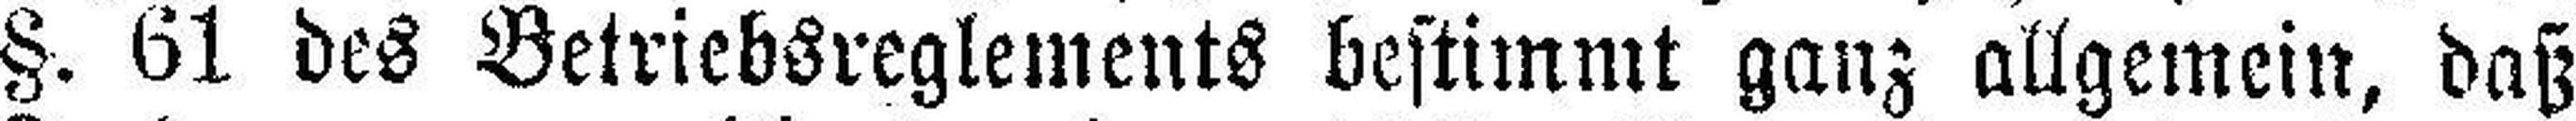
§. 61 des Betriebsreglements bestimmt ganz allgemein, daß